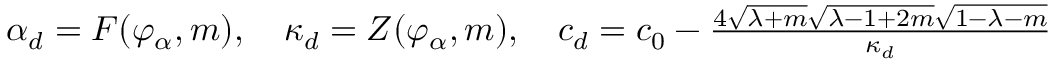
\begin{array} { r } { \alpha _ { d } = F ( \varphi _ { \alpha } , m ) , \quad \kappa _ { d } = Z ( \varphi _ { \alpha } , m ) , \quad c _ { d } = c _ { 0 } - \frac { 4 \sqrt { \lambda + m } \sqrt { \lambda - 1 + 2 m } \sqrt { 1 - \lambda - m } } { \kappa _ { d } } } \end{array}